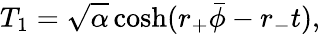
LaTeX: T_{1}=\sqrt{\alpha}\cosh(r_{+}\bar{\phi}-r_{-}t),